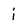
Character: i